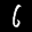
Label: 6